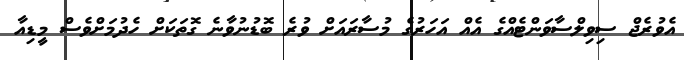
އެވުރެޖް ސިވިލްސާވަންޓެއްގެ އެއް އަހަރުގެ މުސާރައަށް ވުރެ ބޮޑުނުވާނެ ގޮތަކަށް ހެދުމަށްވެސް މީޑިއާ